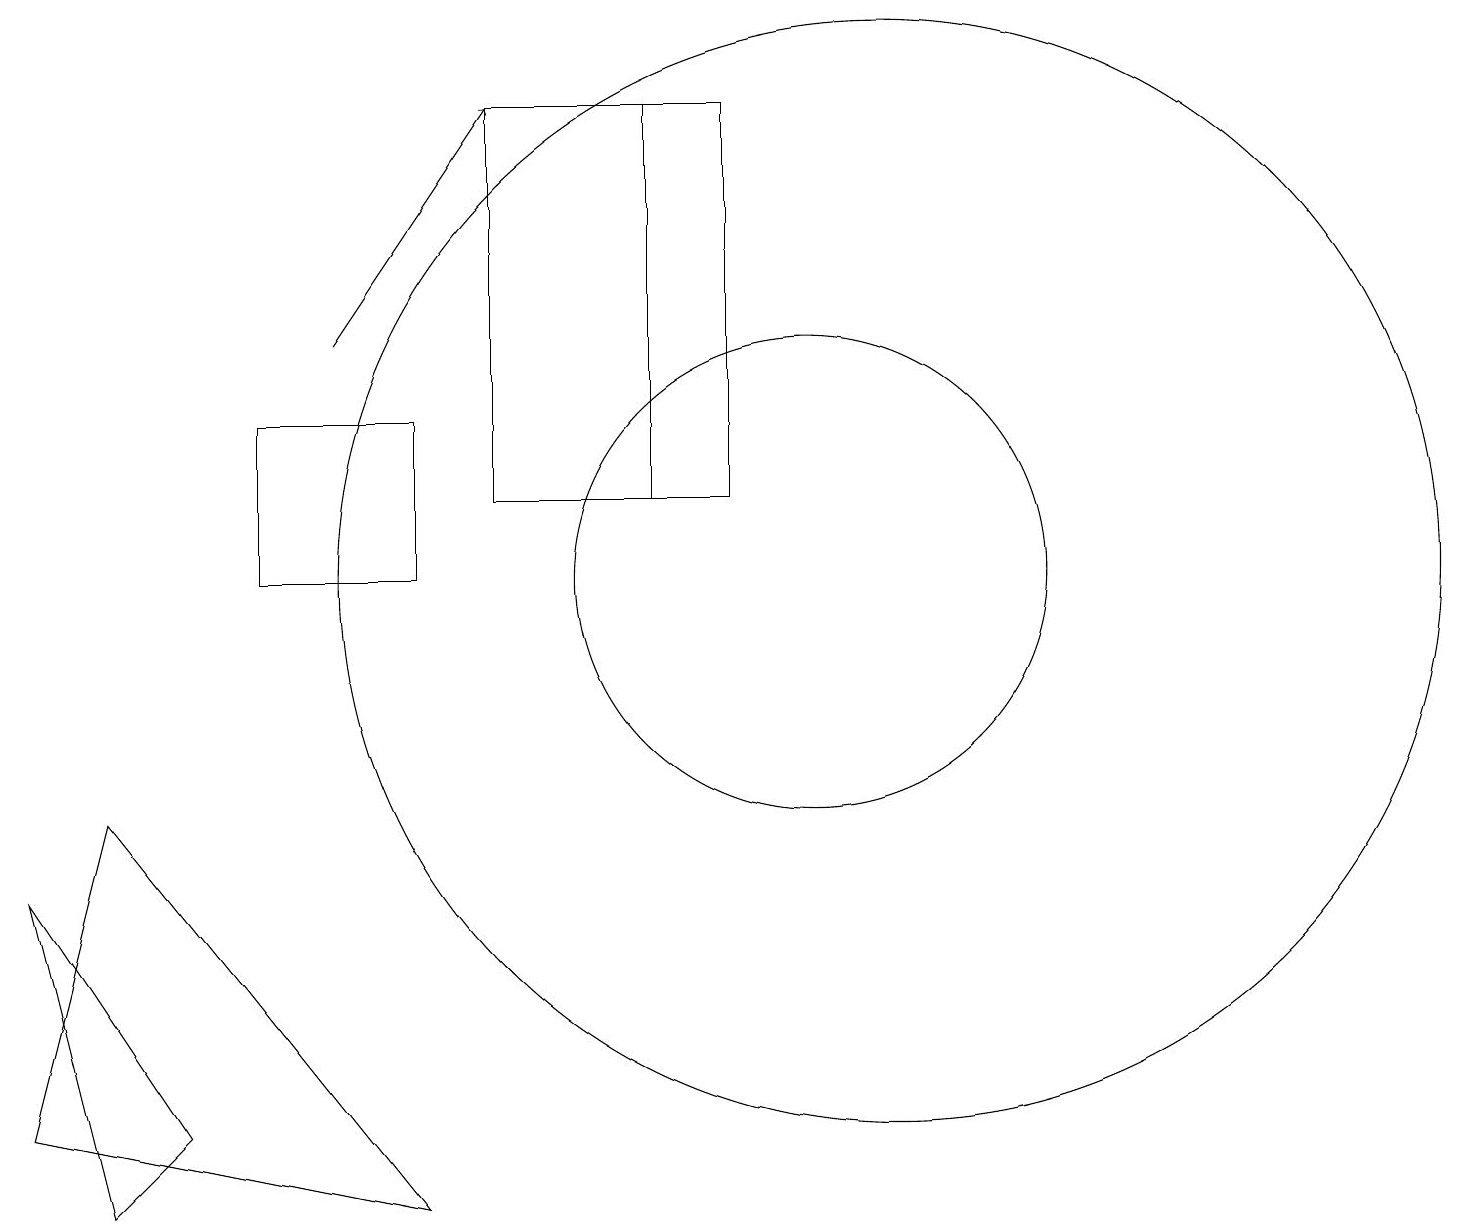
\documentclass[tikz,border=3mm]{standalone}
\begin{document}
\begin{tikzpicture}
\draw (10,12) circle (3);
\draw (9,13) rectangle (6,18);
\draw (2,5) -- (1,4) -- (0,8) -- cycle;
\draw (11,12) circle (7);
\draw (3,12) rectangle (5,14);
\draw (0,5) -- (1,9) -- (5,4) -- cycle;
\draw[->] (4,15) -- (6,18);
\draw (8,18) rectangle (9,13);
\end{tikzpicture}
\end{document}